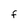
Character: F